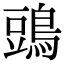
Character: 𪁞